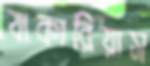
যাকারিয়াস